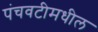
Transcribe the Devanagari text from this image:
पंचवटीमधील